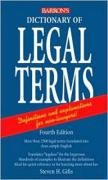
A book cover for Dictionary of Legal Terms; Steven H. Gifis; Law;